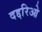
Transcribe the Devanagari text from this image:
दद्दरिओ